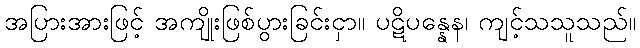
အပြားအားဖြင့် အကျိုးဖြစ်ပွားခြင်းငှာ။ ပဋိပန္နေန၊ ကျင့်သသူသည်။